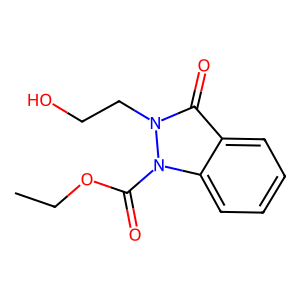
SMILES: CCOC(=O)n1c2ccccc2c(=O)n1CCO
Inhibits HIV replication: No